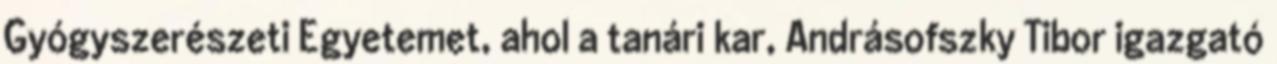
Gyógyszerészeti Egyetemet, ahol a tanári kar, Andrásofszky Tibor igazgató